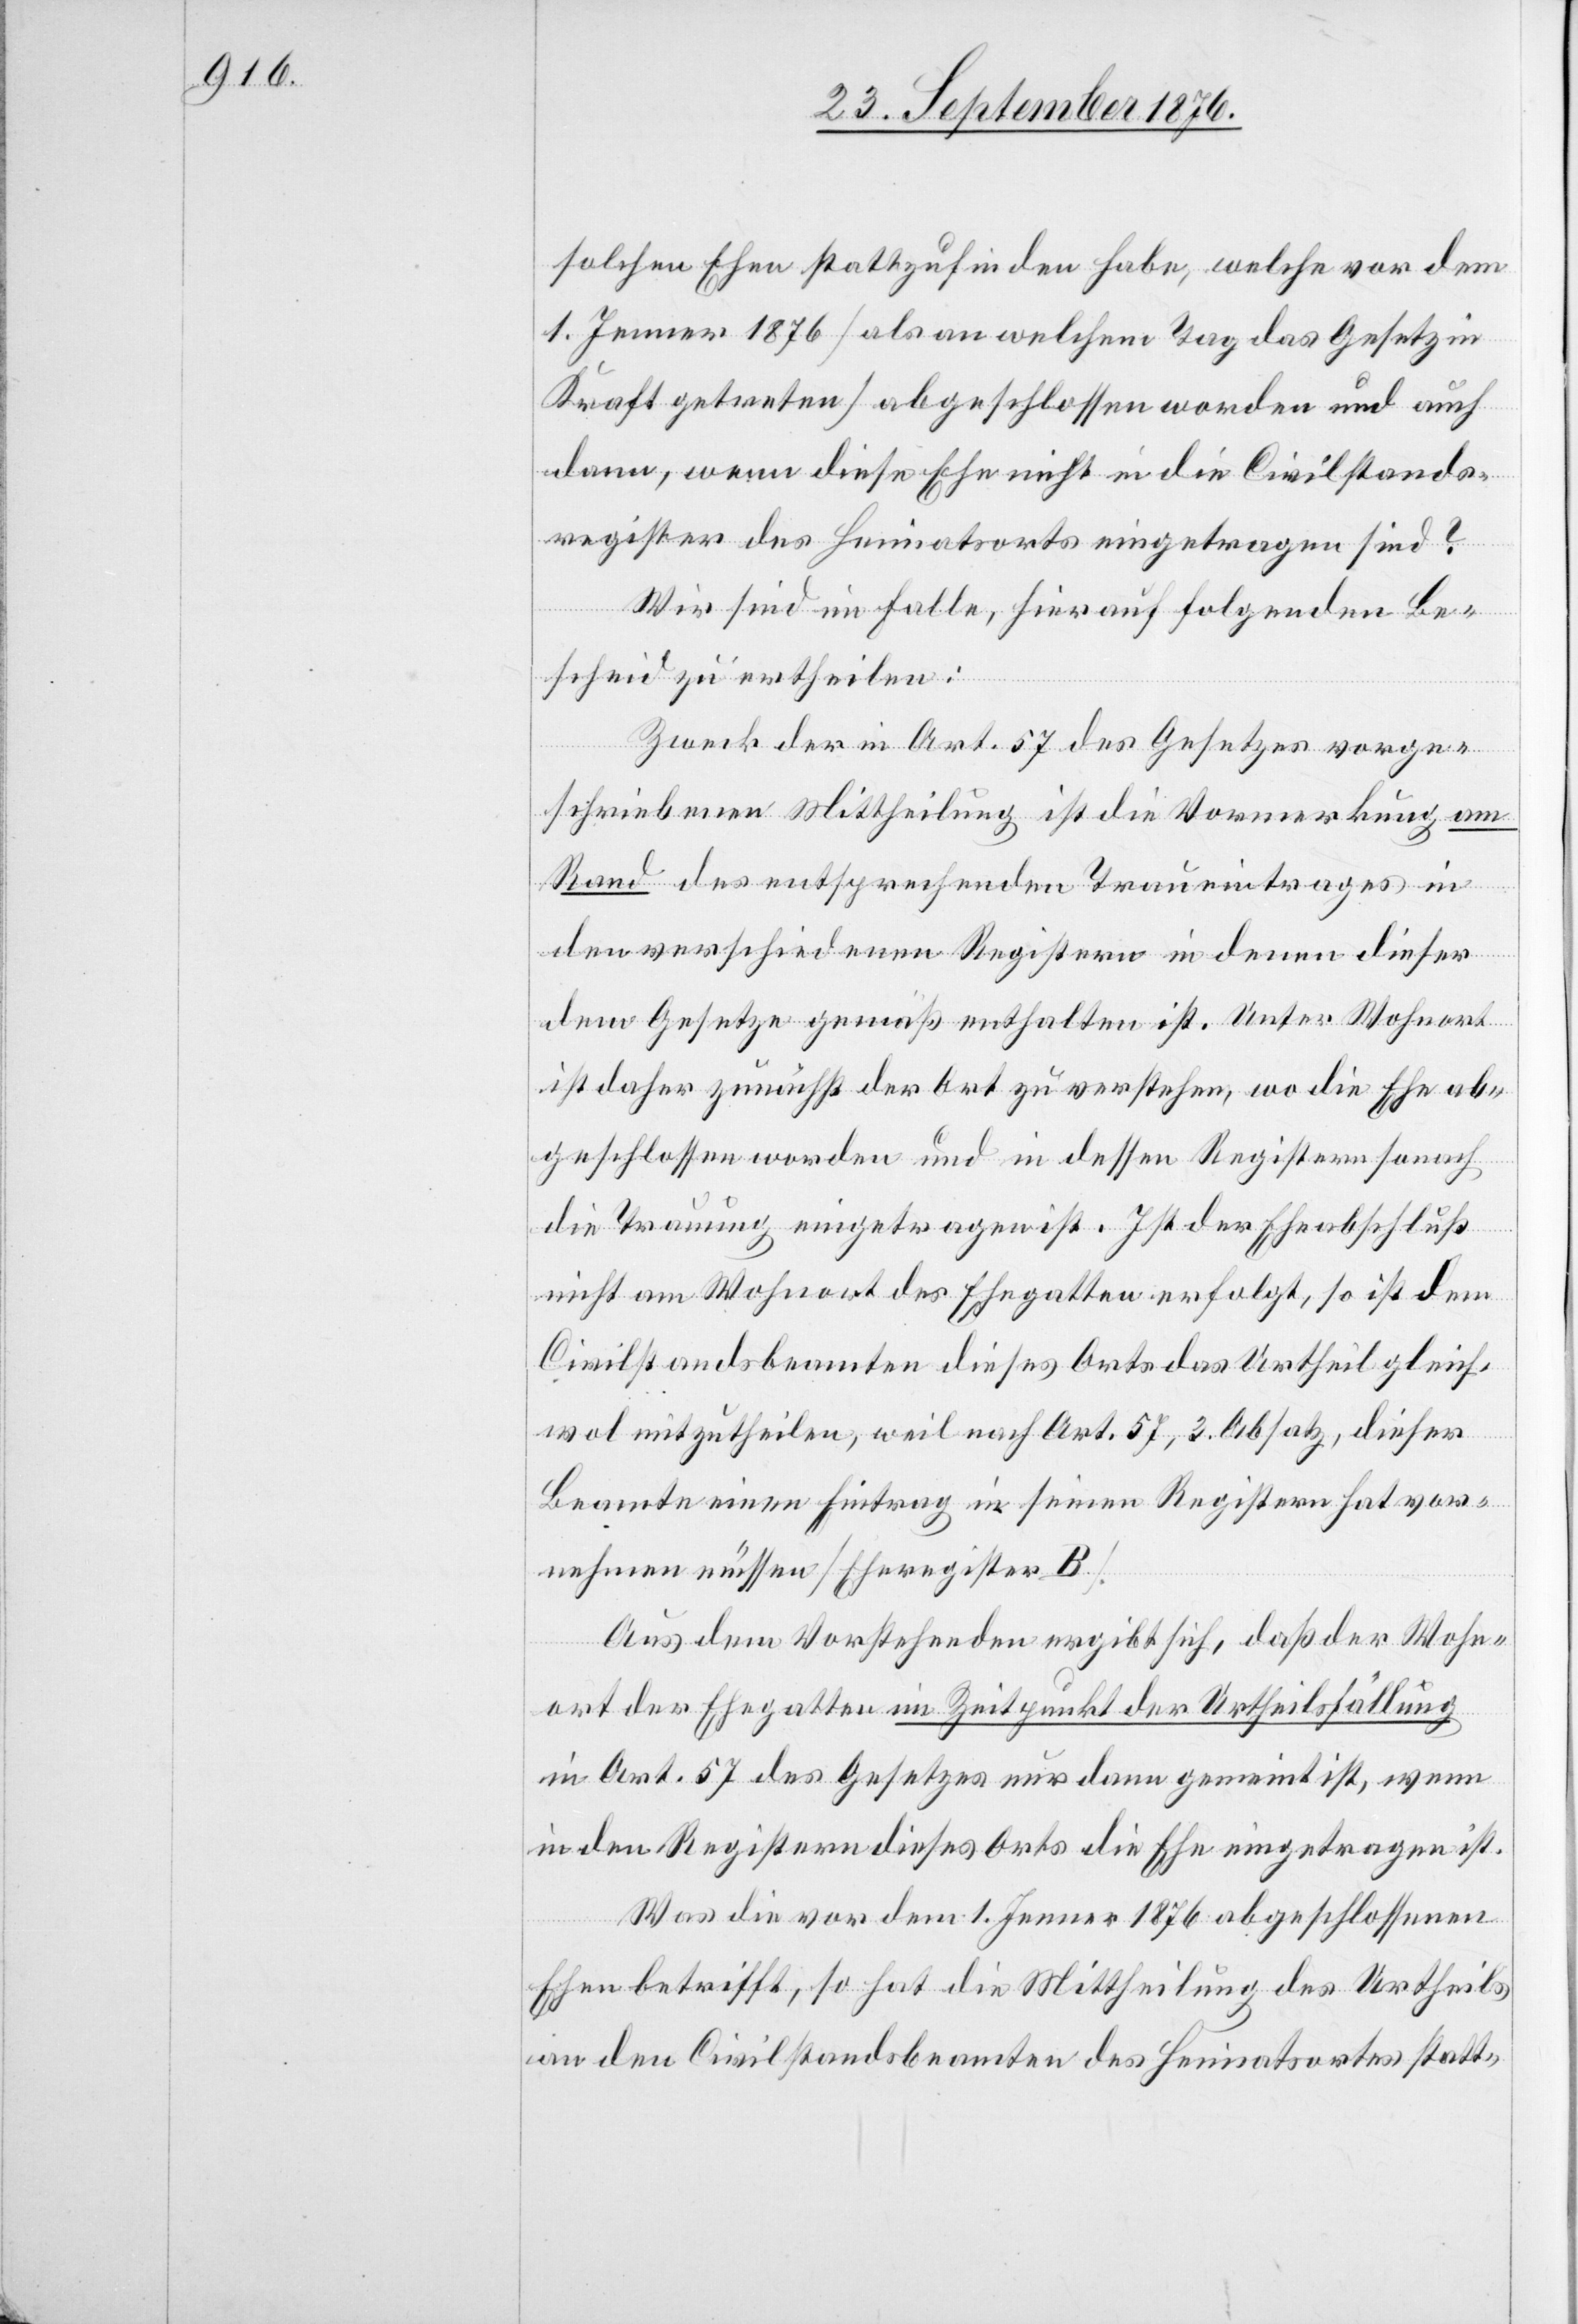
solchen Ehen stattzufinden habe, welche vor dem
1. Jenner 1876 [als an welchem Tag das Gesetz in
Kraft getreten] abgeschlossen worden und auch
dann, wenn diese Ehe nicht in die Civilstands¬
register des Heimatsorts eingetragen sind?
Wir sind im Falle, hierauf folgenden Be¬
scheid zu ertheilen:
Zweck der in Art. 57 des Gesetzes vorge¬
schriebenen Mittheilung ist die Vormerkung am
Rand des entsprechenden Traueintrages in
den verschiedenen Registern in denen dieser
dem Gesetzes gemäß enthalten ist. Unter Wohnort
ist daher zunächst der Ort zu verstehen, wo die Ehe ab¬
geschlossen worden und in dessen Registern sonach
die Trauung eingetragen ist. Ist der Eheabschluß
nicht am Wohnort des Ehegatten erfolgt, so ist dem
Civilstandsbeamten dieses Orts das Urtheil gleich¬
wol mitzutheilen, weil nach Art. 57, 3. Absatz, dieser
Beamte einen Eintrag in seinen Registern hat vor¬
nehmen müssen [Eheregister
Aus dem Vorstehenden ergibt sich, daß der Wohn¬
ort des Ehegatten im Zeitpunkt der Urtheilsfällung
in Art. 57 des Gesetzes nur dann gemeint ist, wenn
in den Registern dieses Orts die Ehe eingetragen ist.
Was die vor dem 1. Jenner 1876 abgeschlossenen
Ehen betrifft, so hat die Mittheilung des Urtheils
an den Civilstandsbeamten des Heimatsortes statt-